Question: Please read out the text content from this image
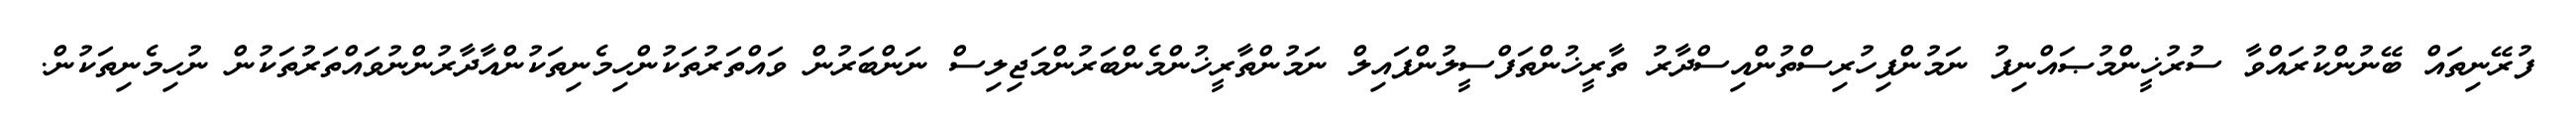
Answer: ފުރޭނިތައް ބޭނުންކުރައްވާ ސުރުޚީންމުޞައްނިފު ނަމުންފިހުރިސްތުންއިސްދާރު ތާރީޚުންތަފްސީލުންފައިލް ނަމުންތާރީޚުންމެންބަރުންމަޖިލިސް ނަންބަރުން ވައްތަރުތަކުންހިމެނިތަކުންއާދާރުންނުވައްތަރުތަކުން ނުހިމެނިތަކުން.